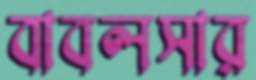
বাবলসার